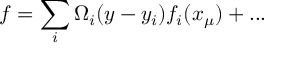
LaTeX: f = \sum _ { i } \Omega _ { i } ( y - y _ { i } ) f _ { i } ( x _ { \mu } ) + . . .